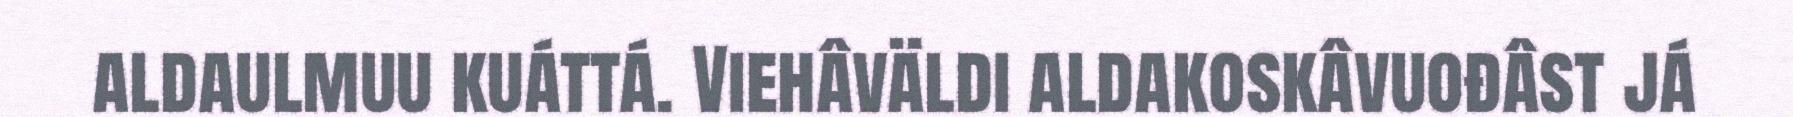
aldaulmuu kuáttá. Viehâväldi aldakoskâvuođâst já